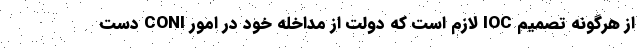
از هرگونه تصمیم IOC لازم است که دولت از مداخله خود در امور CONI دست